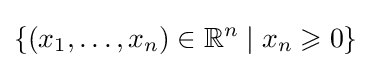
\{(x_{1},\ldots ,x_{n})\in \mathbb {R} ^{n}\mid x_{n}\geqslant 0\}